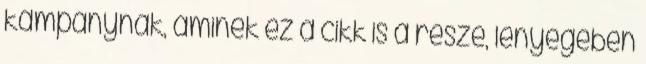
kampánynak, aminek ez a cikk is a része, lényegében